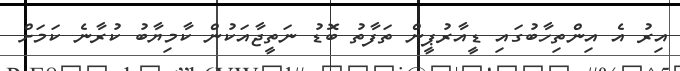
އިރު އެ އިންތިހާބުގައި ޑީއާރުޕީން ތަފާތު ބޮޑު ނަތީޖާއަކުން ކާމިޔާބު ކުރާނެ ކަމަށް